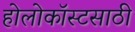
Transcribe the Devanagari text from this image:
होलोकॉस्टसाठी